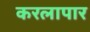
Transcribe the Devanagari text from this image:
करलापार